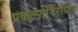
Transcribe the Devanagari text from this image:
प्रकल्पाविरोधात